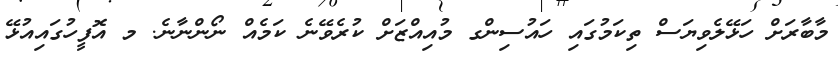
މާބާރަށް ހަޅޭލެވިޔަސް ތިކަމުގައި ހައުސިންގ މުއިއްޒަށް ކުރެވޭނެ ކަމެއް ނޯންނާނެ. މ އޮފީހުގައިއުޅޭ